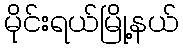
မိုင်းရယ်မြို့နယ်